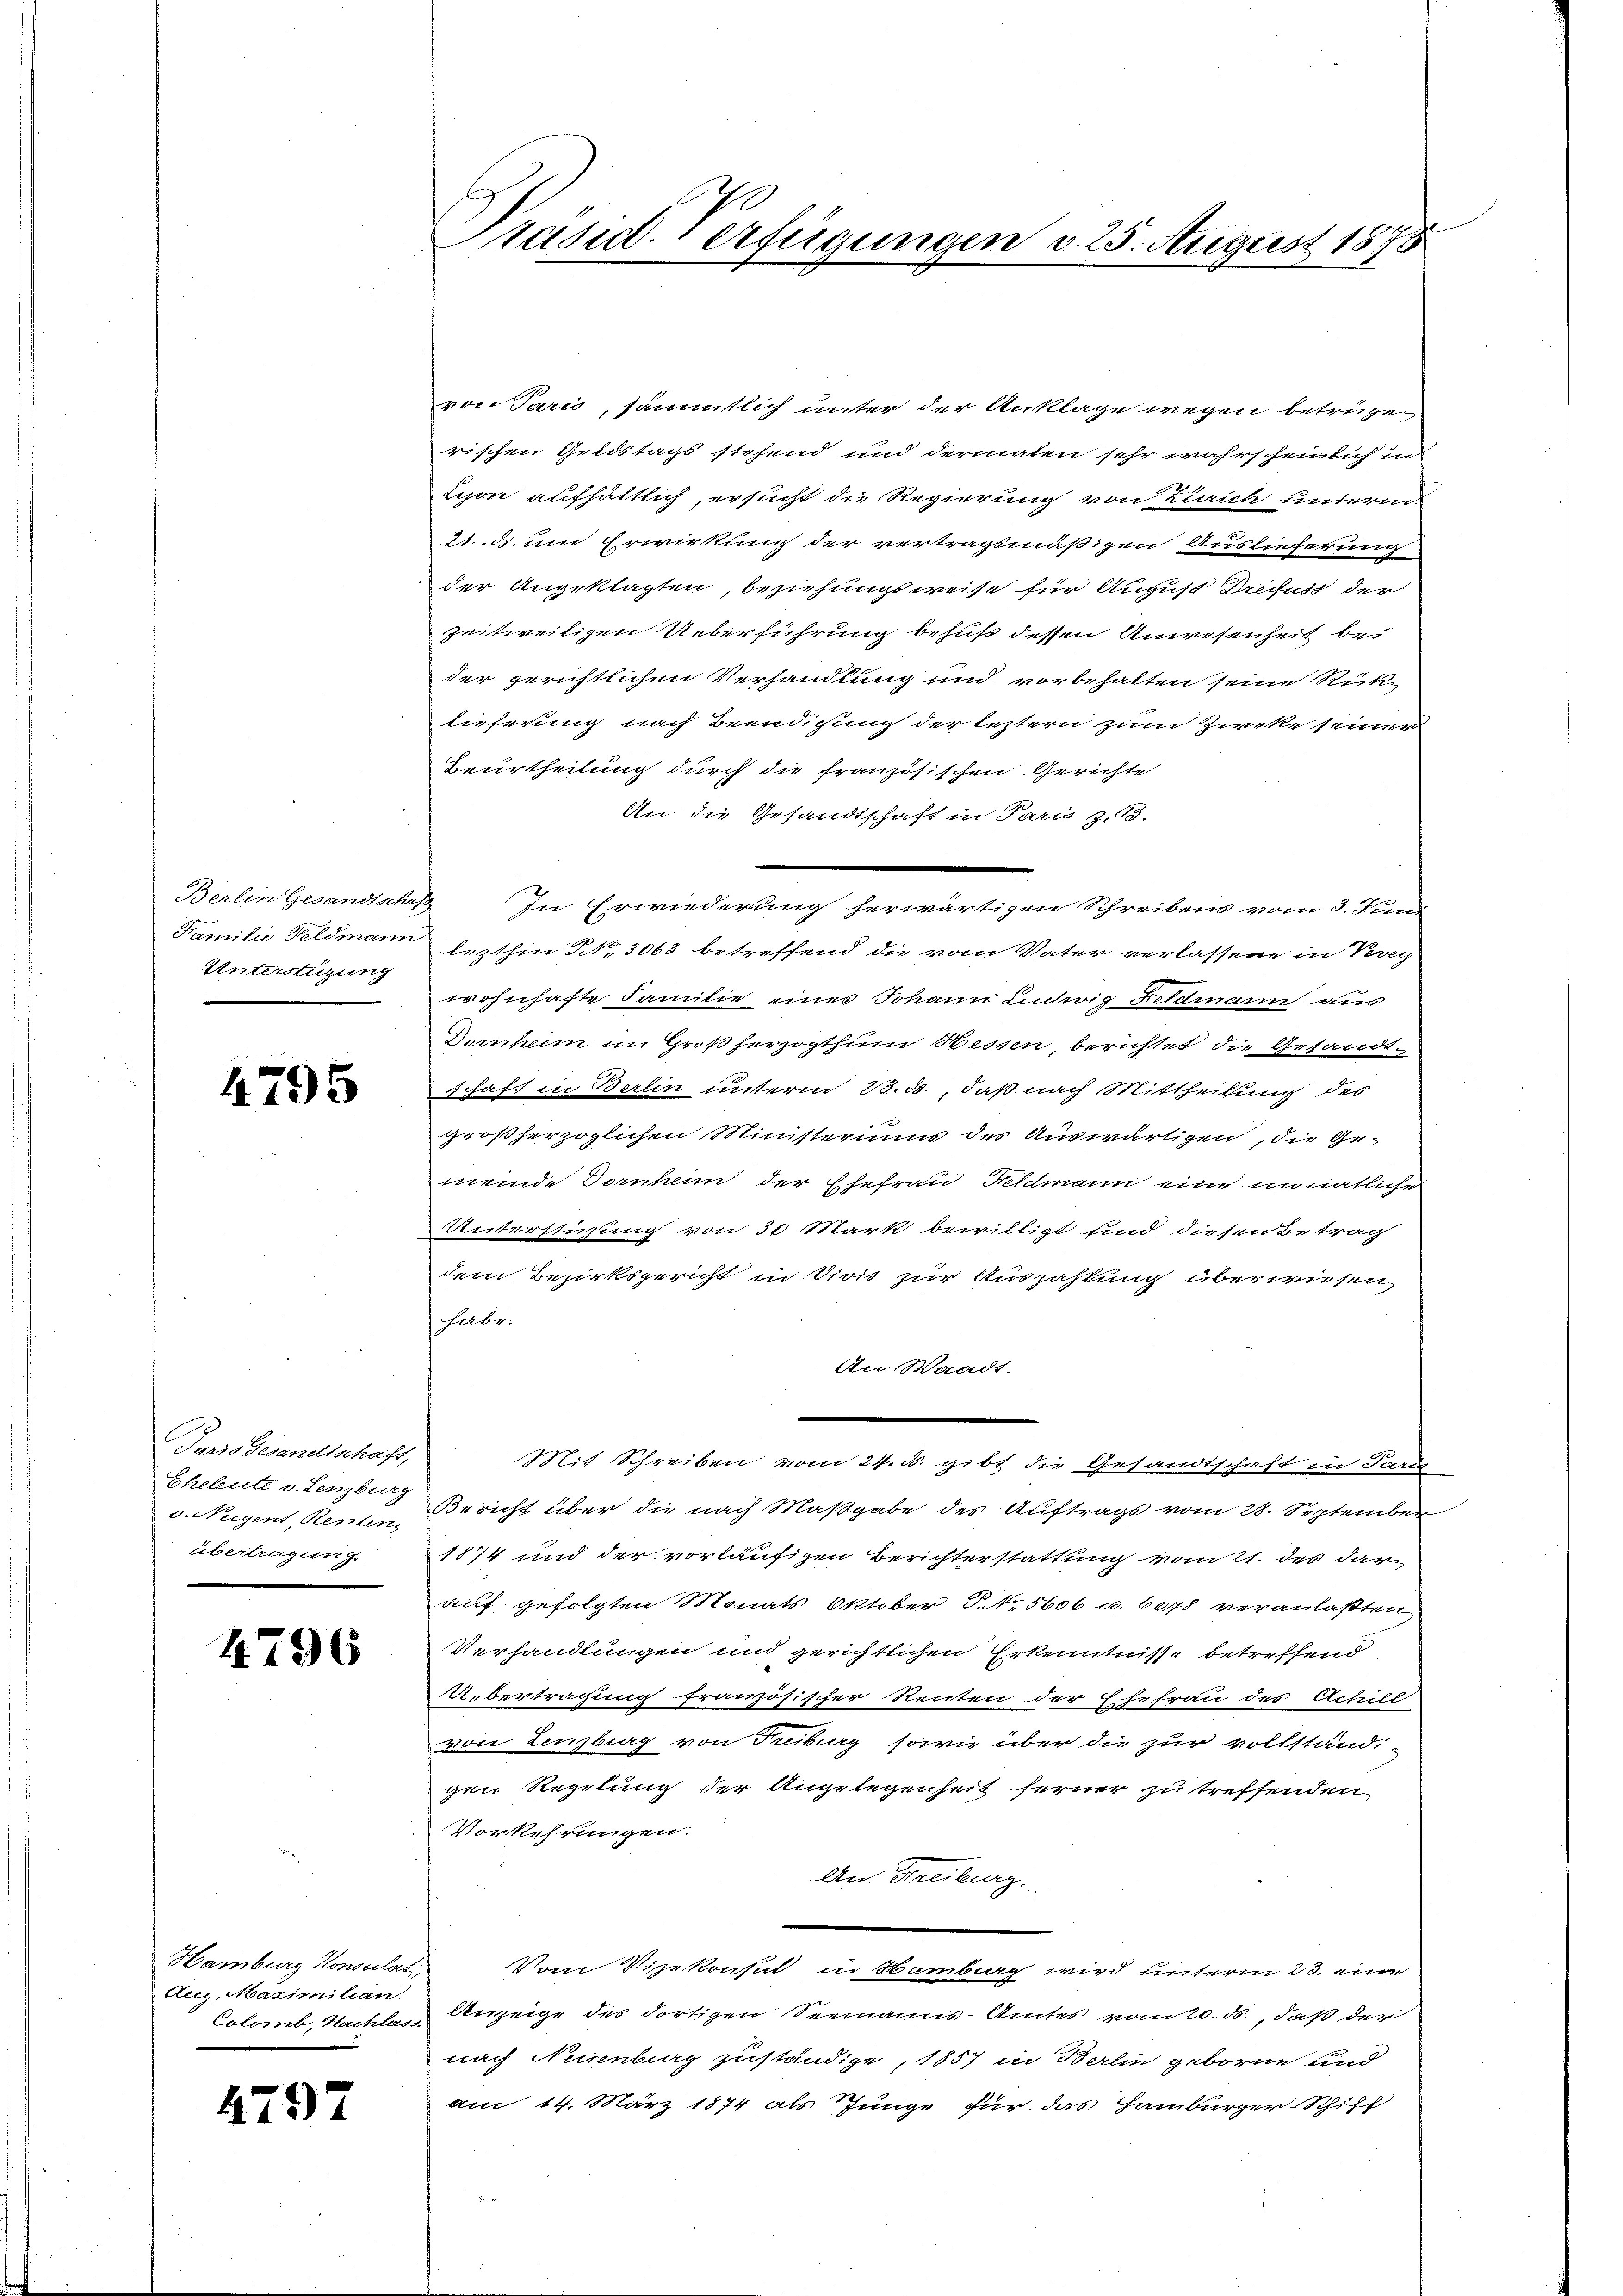
Berlin Gesandtscha
Familie Feldmann
Unterstüzung

4795

Paris Gesandtschaft,
Eheleute v. Lenzburg
d. Nugent, Renten,
übertragung.

4796

Hamburg Konsulat,
Aug. Maximilan
Colomb, Nachlass

4797

Präsid. Verfügungen v. 25. August 1875

von Paris, sämmtlich unter der Anklage wegen betrügen
rischen Geldstags stehend und dermaten sehr wahrscheinlich in
Lison aufhältlich, ersucht die Regierung von Zürich unterm
21. d. um Erwirkung der vertragsmäßigen Auslieferung
der Angeklagten, beziehungsweise für August Schutt der
zeitweiligen Ueberführung behuf dessen Anwesenheit be
der gerichtlichen Verhandlung und vorbehalten seine Rücklieferung nach Beendigung der leztern zum Zircke seiner
Beurtheilung durch die französischen Gerichte
An die Gesandtschaft in Paris z. B.
2 In Erwiederung herwärtigen Schreibens vom 3. Juni
lezthin NNo. 3063 betreffend die vom Vater verlassene in Verei
wohnhafte Familie eines Johann Ludwig Feldmann aus
Dornheim im Großherzogthum Bessen, berichtet die Gesandt¬
Schaft in Berlin unterm 23. ds., daß nach Mittheilung des
großherzoglichen Ministeriums des Auswärtigen, die Gemeinde Dornhenn der Ehefrau Feldmann eine unnatliche
Unterstichung von 50 Mark bewilligt sind diesen Betrag
dem Bezirksgericht in Sicht zur Auszahlung überwiesen,
Febr.
An Waadt.
Mit Schreiben vom 24. d. gibt die Gesandtschaft in Paris
Bericht über die nach Maßgabe des Auftrags vom 28. September
1874 und der vorläufigen Berichterstattung vom 21. des darauf gefolgten Monats Oktober P. Nr. 5606 u. 6078 veranlaßten
Verhandlungen und gerichtlichen Erkenntnis betreffend
Übertragung französischer Renten der Ehefrau des Achill
von Lenzburg von Freiburg sowie über die zur vollständi-
gen Regelung der Angelegenheit ferner zu treffenden
Vorkehrungen.
An Freiburg.
Vom Vizekonsul in Sambiag wird unterm 23. eine
Anzeige des dortigen Seemanns-Amtes vom 20. ds., daß der
nach Neuenburg zuständige, 1857 in Berlin geborne und
am 14. März 1874 als Jünge für das Hamburger-Schiff